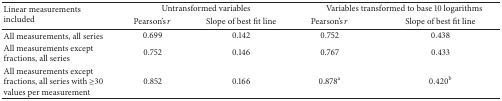
| <ROWSPAN=2> Linear measurements included | <COLSPAN=2> Untransformed variables | <COLSPAN=2> Variables transformed to base 10 logarithms |
 | Pearson's r | Slope of best fit line | Pearson's r | Slope of best fit line |
 | --- | --- | --- | --- | --- |
 | All measurements, all series | 0.699 | 0.142 | 0.752 | 0.438 |
 | All measurements except fractions, all series | 0.752 | 0.146 | 0.767 | 0.433 |
 | All measurements except fractions, all series with ≥30 values per measurement | 0.852 | 0.166 | 0.878a | 0.420b |